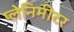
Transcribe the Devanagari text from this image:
प्लेनिमीटर